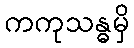
ကကုသန္ဓမှိ